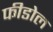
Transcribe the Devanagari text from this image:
फीडोल